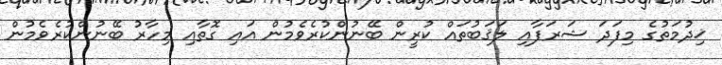
ޚިދުމަތުގެ މިފަދަ ޝަރަފާއި ލަޤަބުތައް ކުރީން ބޭނުންކުރެވެމުން އައި ގޮތާއި މިހާރު ބޭނުންކުރެވެމުން